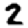
Digit: 2